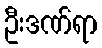
ဦးဒဏ်ရာ